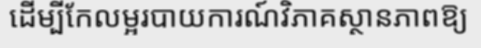
ដើម្បីកែលម្អរបាយការណ៍វិភាគស្ថានភាពឱ្យ